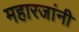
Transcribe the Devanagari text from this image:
महारजांनी